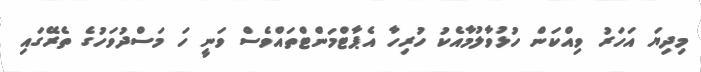
މިދިޔަ އަހަރު ވިއްކަން ހުޅުވާލުމާއެކު ހުރިހާ އެޕާޓްމަންޓްތައްވެސް ވަނީ ހަ މަސްދުވަހުގެ ތެރޭގައި